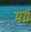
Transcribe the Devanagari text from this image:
मग्र